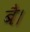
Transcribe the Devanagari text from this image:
बै।